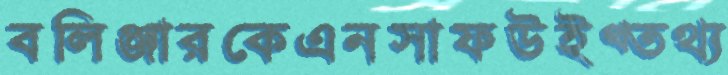
বলিঞ্জারকেএনসাফউইথ্তথ্য